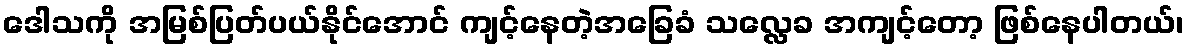
ဒေါသကို အမြစ်ပြတ်ပယ်နိုင်အောင် ကျင့်နေတဲ့အခြေခံ သလ္လေခ အကျင့်တော့ ဖြစ်နေပါတယ်၊